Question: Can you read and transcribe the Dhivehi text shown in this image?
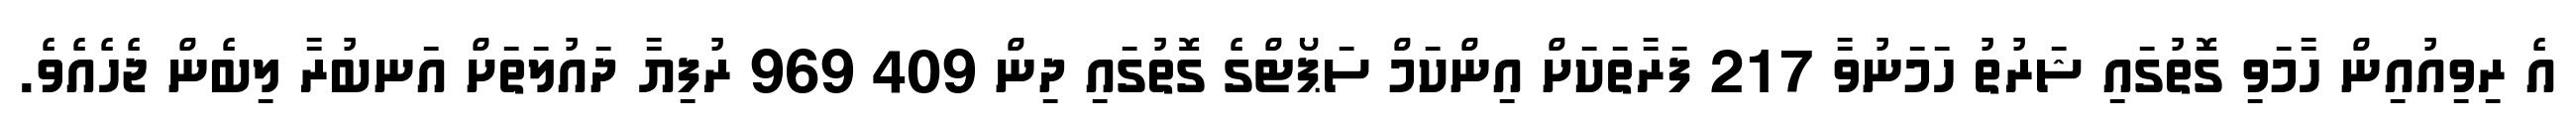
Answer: އެ ރިވިއުއިން ހާމަވި ގޮތުގައި ޝަރުތު ހަމަނުވާ 217 ފަރާތަކަށް އިންކަމް ސަޕޯޓްގެ ގޮތުގައި ދިން 409 969 ރުފިޔާ ދައުލަތަށް އަނބުރާ ލިބެން ޖެހެއެވެ.